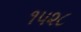
૧૫૨૮